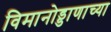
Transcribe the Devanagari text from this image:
विमानोड्डाणाच्या